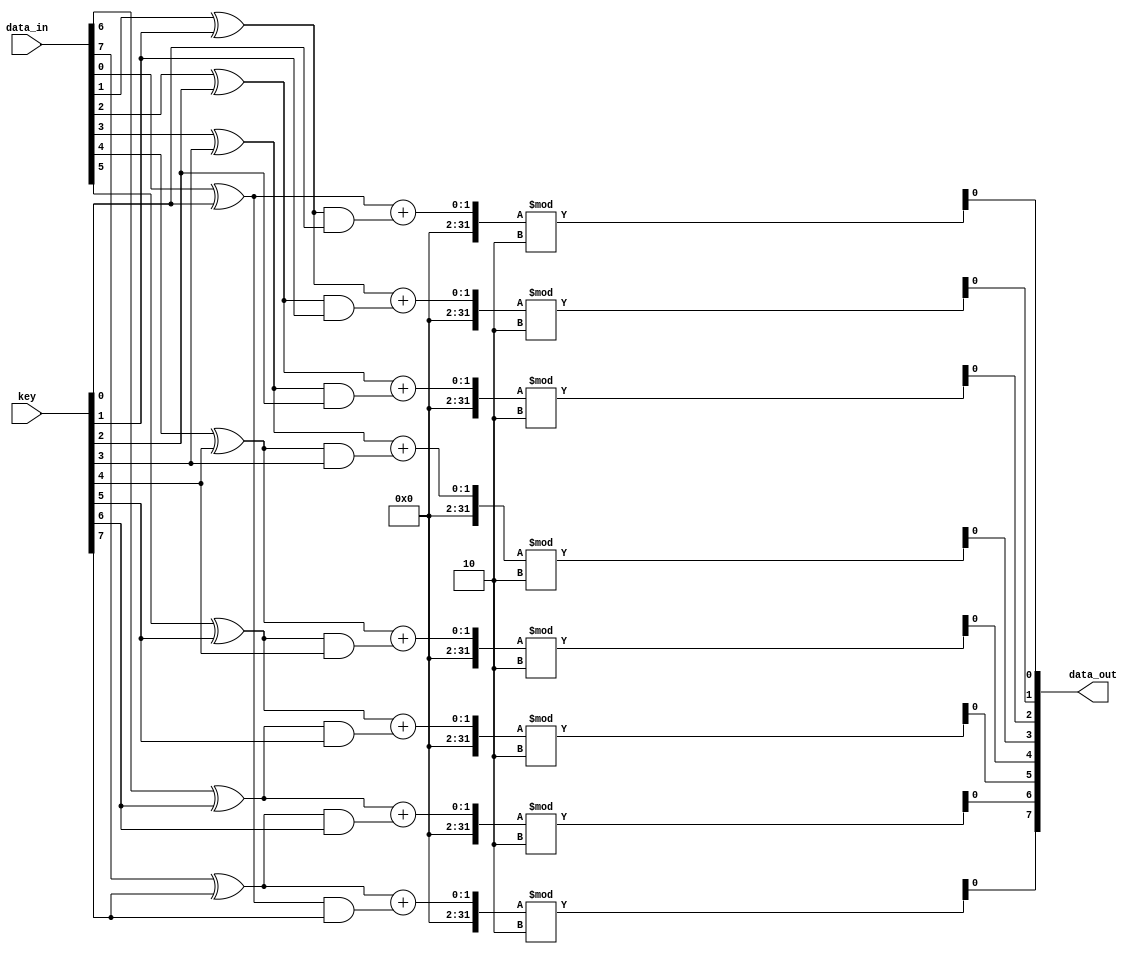
// nonlinear_encryption_module.v
module nonlinear_encryption_module3 #(parameter N = 8) (
    input wire [N-1:0] data_in,
    input wire [N-1:0] key,
    output reg [N-1:0] data_out
);
    integer i;
    reg [N-1:0] intermediate;

    always @(*) begin
        // First stage: XOR with key and rotate
        for (i = 0; i < N; i = i + 1) begin
            intermediate[i] = data_in[i] ^ key[i];
        end

        // Second stage: Nonlinear transformation
        for (i = 0; i < N; i = i + 1) begin
            data_out[i] = (intermediate[i] + (intermediate[(i+1) % N] & key[i])) % 2;
        end
    end
endmodule